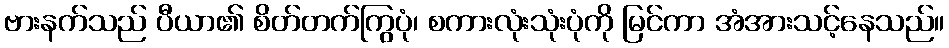
ဗားနက်သည် ပီယာ၏ စိတ်တက်ကြွပုံ၊ စကားလုံးသုံးပုံကို မြင်ကာ အံအားသင့်နေသည်။